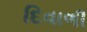
દિવાળી